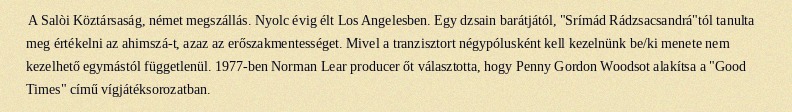
A Salòi Köztársaság, német megszállás. Nyolc évig élt Los Angelesben. Egy dzsain barátjától, "Srímád Rádzsacsandrá"tól tanulta meg értékelni az ahimszá-t, azaz az erőszakmentességet. Mivel a tranzisztort négypólusként kell kezelnünk be/ki menete nem kezelhető egymástól függetlenül. 1977-ben Norman Lear producer őt választotta, hogy Penny Gordon Woodsot alakítsa a "Good Times" című vígjátéksorozatban.